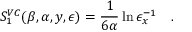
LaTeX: S _ { 1 } ^ { V C } ( \beta , \alpha , y , \epsilon ) = { \frac { 1 } { 6 \alpha } } \ln { \epsilon _ { x } ^ { - 1 } } ~ ~ ~ .